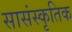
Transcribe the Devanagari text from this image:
सासंस्कृतिक